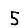
Digit: 5